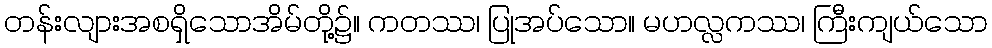
တန်းလျားအစရှိသောအိမ်တို့၌။ ကတဿ၊ ပြုအပ်သော။ မဟလ္လကဿ၊ ကြီးကျယ်သော